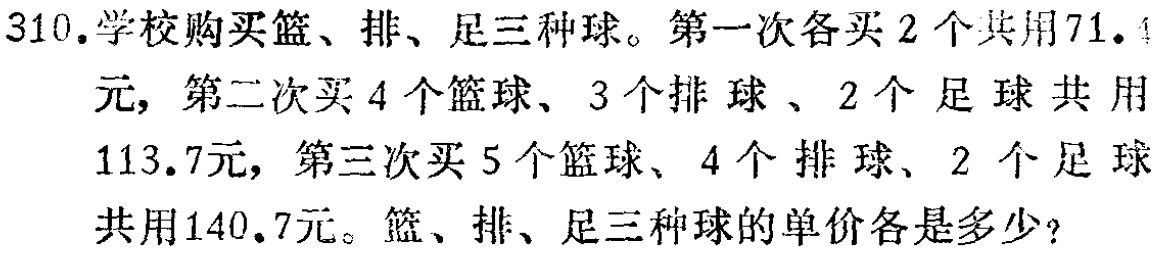
310.学校购买篮、排、足三种球。第一次各买2个共用71.4元，第二次买4个篮球、3个排球、2个足球共用113.7元，第三次买5个篮球、4个排球、2个足球共用140.7元。篮、排、足三种球的单价各是多少？